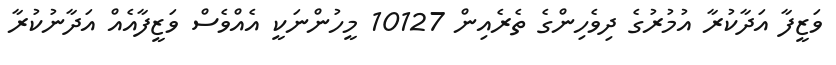
ވަޒީފާ އަދާކުރާ އުމުރުގެ ދިވެހިންގެ ތެރެއިން 10127 މީހުންނަކީ އެއްވެސް ވަޒީފާއެއް އަދާނުކުރާ